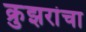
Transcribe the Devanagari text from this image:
क्रुझरांचा